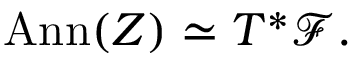
\mathrm { A n n } ( Z ) \simeq T ^ { * } { \mathcal F } .